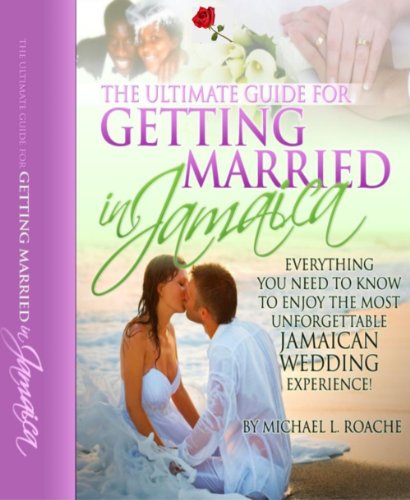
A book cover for The Ultimate Guide to Getting Married in Jamaica Wedding Resouce is Your Exclusive Access to Jamaica Wedding Secrets to Help You Have the Most Exciting Destination Beach Wedding and Honeymoon Ever!; Michael Roache; Crafts, Hobbies & Home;